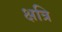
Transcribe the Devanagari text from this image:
क्षत्रि